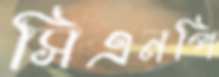
সিএনপি